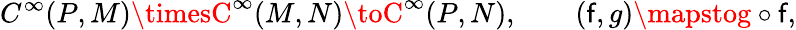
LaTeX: C^{\infty}(P,M)\timesC^{\infty}(M,N)\toC^{\infty}(P,N),\qquad(\mathsf{f},g)\mapstog\circ\mathsf{f},